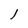
Character: l